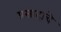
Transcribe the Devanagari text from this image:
प्रसादाचे